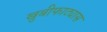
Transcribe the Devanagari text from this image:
खुबीफाट्यास